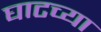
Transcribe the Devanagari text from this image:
घाटच्या